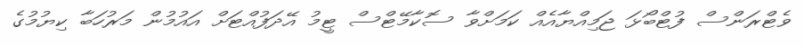
ވެޓްރަންސް ފުޓްބޯޅަ ޖަމިއްޔާއެއް ކަމަށްވާ ސޮކާމޭޓްސް ޓީމު އޭދަފުއްޓަށް އައުމުން މަރުހަބާ ކިޔުމުގެ